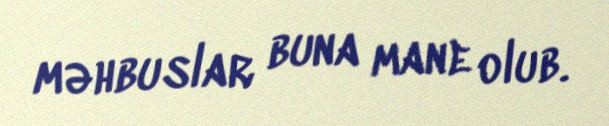
məhbuslar buna mane olub.